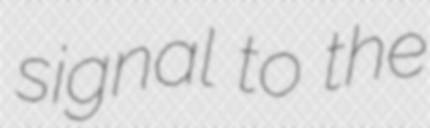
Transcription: signal to the